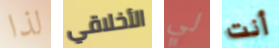
لذا الأخلاقي لي أنت